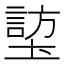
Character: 𪤜